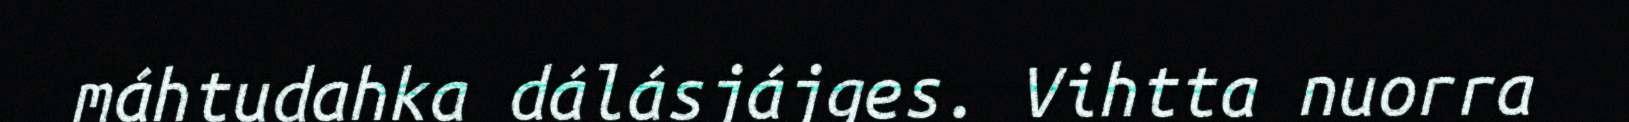
máhtudahka dálásjájges. Vihtta nuorra